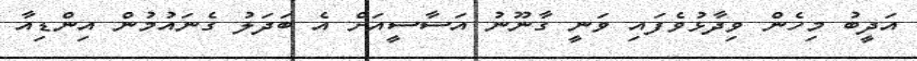
އަދީބު މިހެން ވިދާޅުވެފައި ވަނީ ގާނޫނު އަސާސީއަށް އެ ބަދަލު ގެނައުމުން އިންޑިއާ